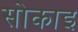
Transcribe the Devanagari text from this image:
सोकाइ